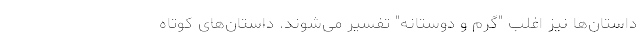
داستان‌ها نیز اغلب "گرم و دوستانه" تفسیر می‌شوند. داستان‌های کوتاه